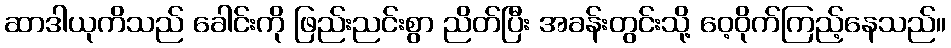
ဆာဒါယုကိသည် ခေါင်းကို ဖြည်းညင်းစွာ ညိတ်ပြီး အခန်းတွင်းသို့ ဝေ့ဝိုက်ကြည့်နေသည်။